Bombay plague: being a history of the progress of plague in the Bombay presidency from September 1896 to June 1899
Year: 1896
Disease focus: Plague
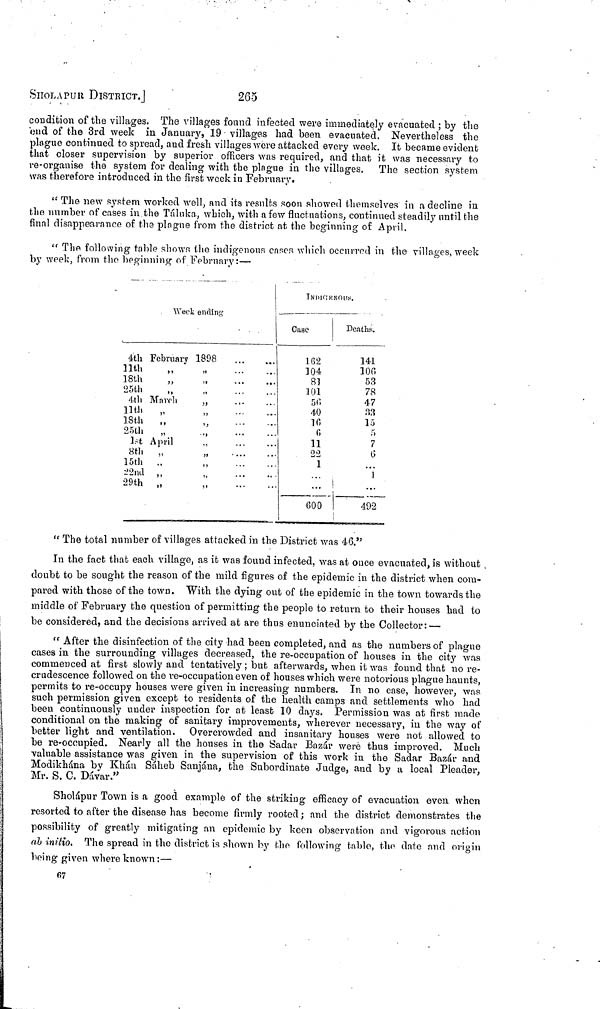
SHOLAPUR DISTRICT.]
265
condition of the villages. The villages found infected were immediately evacuated ; by tlie
end of the 3rd week in January, 19 villages had been evacuated. Nevertheless the
plague continued to spread, and fresh villages were attacked every week. It became evident
that closer supervision by superior officers was required, and that it was necessary to
re-organise the system for dealing with the plague in the villages. The section system
was therefore introduced in the first week in February.
" The new system worked well, and its results soon showed themselves in a decline in
the number of cases in the Táluka, which, with a few fluctuations, continued steadily until the
final disappearance of the plague from the district at the beginning of April.
"The following table shown the indigenous cases which occurred in the villages, week
by week, from the beginning of February:—
Week ending
4th February
11th ,,
18th „
25th „
4th March
11th „
18th „
25th „
1st April „
8th „
15th „
22nd „
29th „
1898
„
,,
,,
,,
„
„
,,
,,
,,
„
...
...
...
...
...
...
...
...
...
...
...
...
··
INDIGENOUS.
Case
162
104
81
101
56
40
16
G
11
22
1
...
600
Deaths.
141
106
53
78
47
33
15
5
7
6
...
...
492
"The total number of villages attacked in the District was 46."
In the fact that each village, as it was found infected, was at once evacuated, is without
doubt to be sought the reason of the mild figures of the epidemic in the district when com-
pared with those of the town. With the dying out of the epidemic in the town towards the
middle of February the question of permitting the people to return to their houses had to
be considered, and the decisions arrived at are thus enunciated by the Collector: —
"After the disinfection of the city had been completed, and as the numbers of plague
cases in the surrounding villages decreased, the re-occupation of houses in the city was
commenced at first slowly and tentatively; but afterwards, when it was found that no re-
crudescence followed on the re-occupation even of houses which were notorious plague haunts,
permits to re-occupy houses were given in increasing numbers. In no case, however, was
such permission given except to residents of the health camps and settlements who had
been continuously under inspection for at least 10 days. Permission was at first made
conditional on the making of sanitary improvements, wherever necessary, in the way of
better light and ventilation. Overcrowded and insanitary houses were not allowed to
be re-occupied. Nearly all the houses in the Sadar Bazár were thus improved. Much
valuable assistance was given in the supervision of this work in the Sadar Bazár and
Modikhána by Khan Sáheb Sanjána, the Subordinate Judge, and by a local Pleader,
Mr. S. C. Dávar."
Sholápur Town is a good example of the striking efficacy of evacuation even when
resorted to after the disease has become firmly rooted ; and the district demonstrates the
possibility of greatly mitigating an epidemic by keen observation and vigorous action
ab initio. The spread in the district is shown by the following table, the date and origin
being given where known :—
67